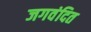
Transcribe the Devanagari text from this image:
जगवंदित